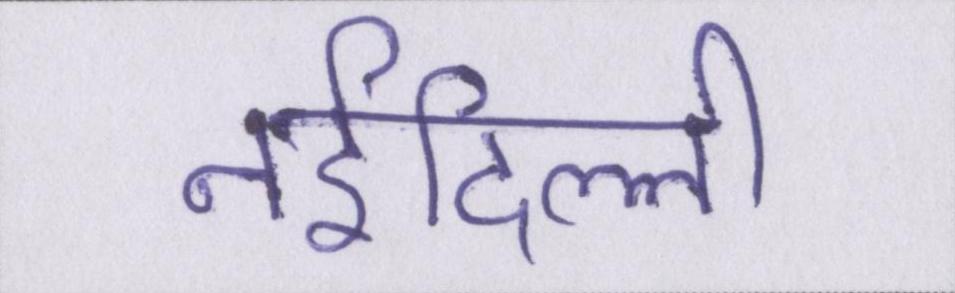
नईदिल्ली